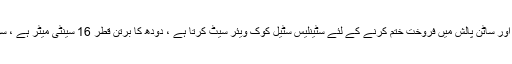
ہینڈل rivet کے ساتھ منسلک ایک سٹینلیس سٹیل ہینڈل ہے. آئینے اور ساٹن پالش میں فروخت ختم کرنے کے لئے سٹینلیس سٹیل کوک ویئر سیٹ کرتا ہے ، دودھ کا برتن قطر 16 سینٹی میٹر ہے ، سوپ برتن قطر 20 سینٹی میٹر ہے ، پین قطر 24 سینٹی میٹر ہے۔